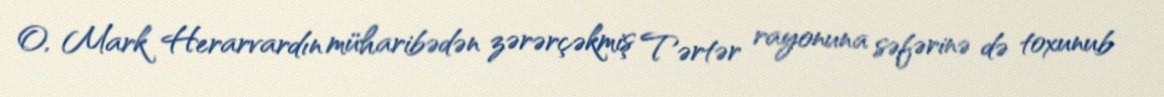
O, Mark Herarvardın müharibədən zərərçəkmiş Tərtər rayonuna səfərinə də toxunub